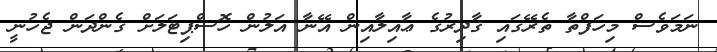
ނަމަވެސް މިހަފްތާ ތެރޭގައި ޤާދިރުގެ ޢާއިލާއިން އޭނާ އަލުން ހޮސްޕިޓަލަށް ގެންދަން ޖެހުނީ